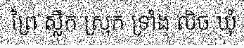
ព្រៃ ស្លឹក ស្រុក ទ្រាំង លិច ឃុំ